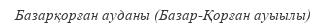
Базарқорған ауданы (Базар-Қорған ауыылы)